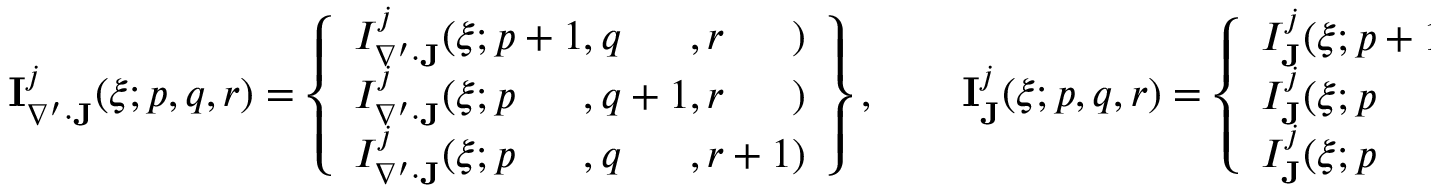
\begin{array} { r } { \mathbf { I } _ { \nabla ^ { \prime } \cdot \mathbf { J } } ^ { j } ( \boldsymbol { \xi } ; p , q , r ) = \left\{ \begin{array} { l } { I _ { \nabla ^ { \prime } \cdot \mathbf { J } } ^ { j } ( \boldsymbol { \xi } ; p + 1 , q \phantom { { } + 1 } , r \phantom { { } + 1 } ) } \\ { I _ { \nabla ^ { \prime } \cdot \mathbf { J } } ^ { j } ( \boldsymbol { \xi } ; p \phantom { { } + 1 } , q + 1 , r \phantom { { } + 1 } ) } \\ { I _ { \nabla ^ { \prime } \cdot \mathbf { J } } ^ { j } ( \boldsymbol { \xi } ; p \phantom { { } + 1 } , q \phantom { { } + 1 } , r + 1 ) } \end{array} \right\} , \qquad \mathbf { I } _ { \mathbf { J } } ^ { j } ( \boldsymbol { \xi } ; p , q , r ) = \left\{ \begin{array} { l } { I _ { \mathbf { J } } ^ { j } ( \boldsymbol { \xi } ; p + 1 , q \phantom { { } + 1 } , r \phantom { { } + 1 } ) } \\ { I _ { \mathbf { J } } ^ { j } ( \boldsymbol { \xi } ; p \phantom { { } + 1 } , q + 1 , r \phantom { { } + 1 } ) } \\ { I _ { \mathbf { J } } ^ { j } ( \boldsymbol { \xi } ; p \phantom { { } + 1 } , q \phantom { { } + 1 } , r + 1 ) } \end{array} \right\} . } \end{array}